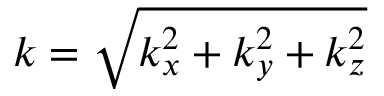
k = \sqrt { k _ { x } ^ { 2 } + k _ { y } ^ { 2 } + k _ { z } ^ { 2 } }